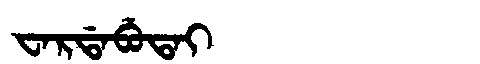
Manchu: ᠸᠠᡵᡩᠠᠪᡠᡨᠠᡳ
Romanization: WARDABUTAI